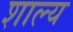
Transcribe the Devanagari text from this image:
शाल्य